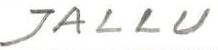
JALLU